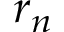
r _ { n }